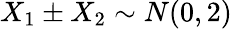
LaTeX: X_{1}\pm X_{2}\sim N(0,2)